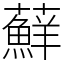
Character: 蘚